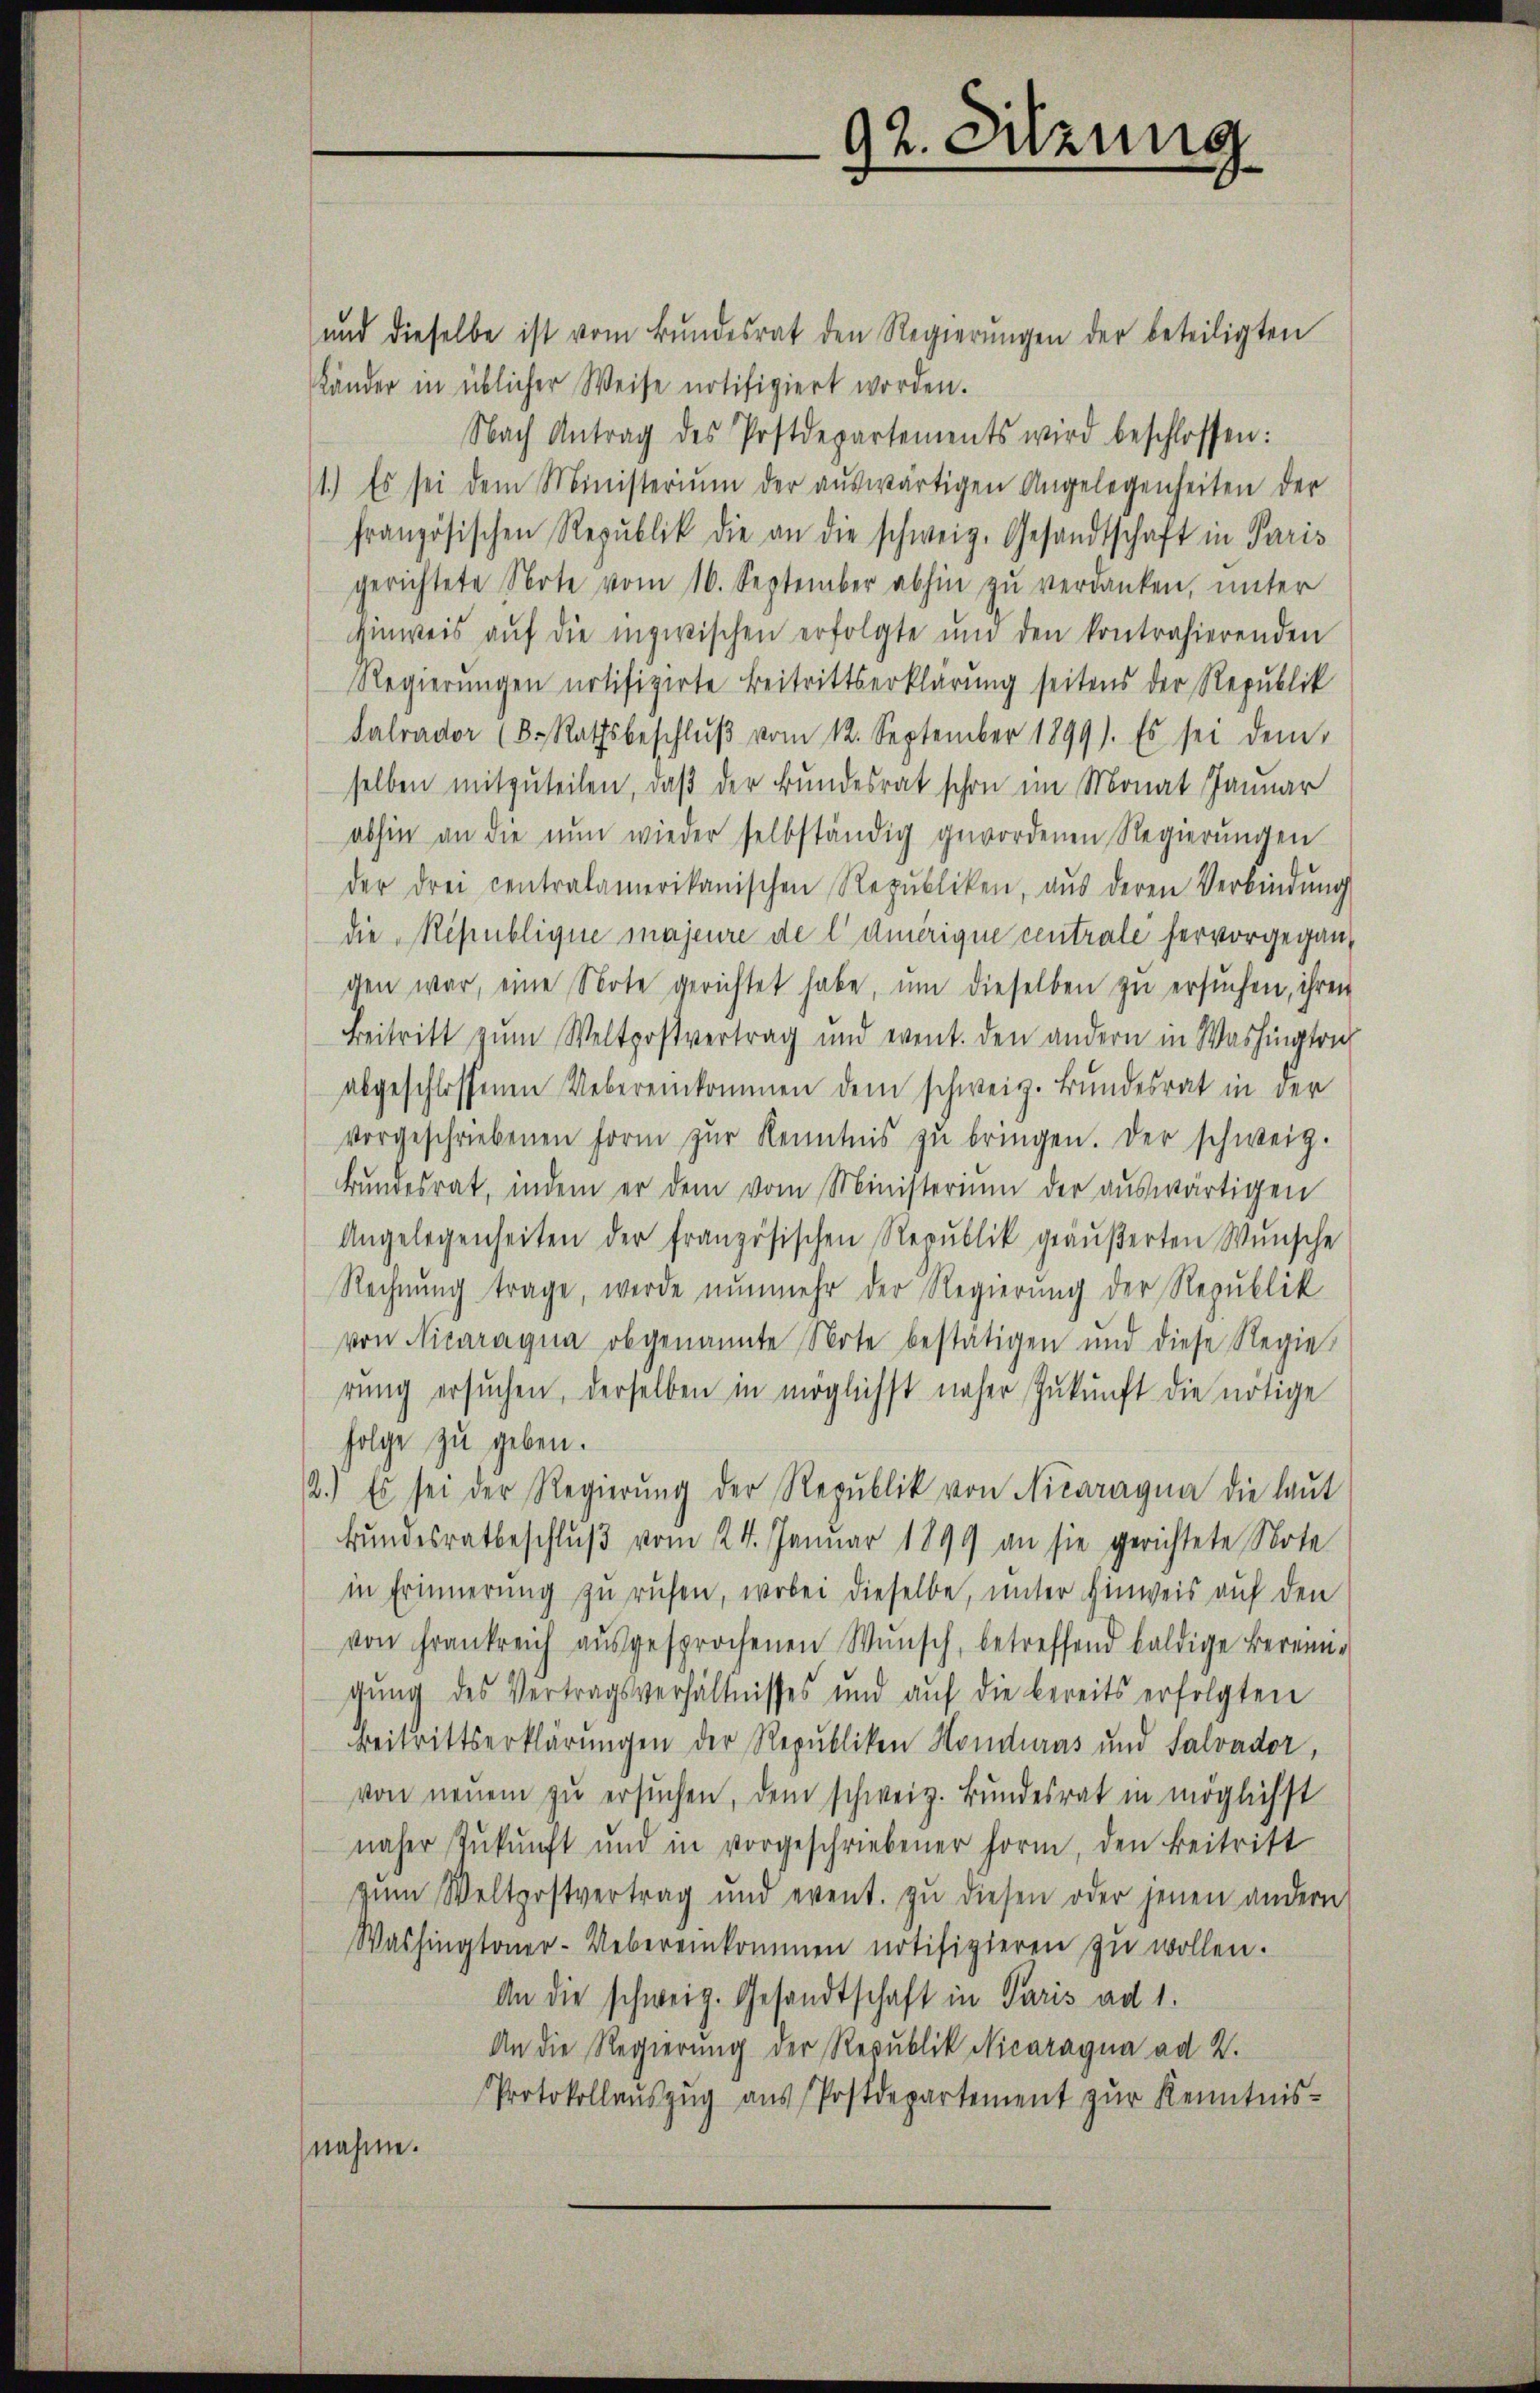
und dieselbe ist vom Bŭndesrat den Regierŭngen der beteiligten
Känder in üblicher Weise notifiziert worden.
Nach Antrag des Postdepartements wird beschlossen:
1.) Es sei dem Ministerium der aŭswärtigen Angelegenheiten der
französischen Republik die an die schweiz. Gesandtschaft in Paris
gerichtete Note vom 16. September abhin zŭ verdanken, unter
hinweis aŭf die inzwischen erfolgte und den kontrahierenden
Regierungen notifizirte Beitrittserklärung seitens der Republik
Salvador (8. Rathsbeschlŭβ vom 12. September 1899). Es sei dem
selben mitzuteilen, daß der Bundesrat schon im Monat Januar
abhin an die nun wieder selbständig gewordenen Regierŭngen
der drei centralamerikanischen Republiken, aŭs deren Verbindung
die Republique majeure de l' duerique centrale hervorgeganden war, eine Note gerichtet habe, ŭm dieselben zu ersŭchen, ihren
Beitritt zum Weltpostvertrag und event. den andern in Washingtrich
abgeschlossenen Uebereinkommen dem schweiz. Bundesrat in der
vorgeschriebenen Form zŭr Kenntnis zŭ bringen. Der schweig.
bŭndesrat, indem er dem vom Ministerium der aŭswärtigen
Angelegenheiten der französischen Republik geäŭβerten Wŭnsche
Rechnung trage, werde nunmehr der Regierung der Republik
von Nicaragua obgenannte Note bestätigen und diese Regie
rung ersuchen, derselben in möglichst näher Zukunft die nötige
folge zu geben.
2.) Es sei der Regierŭng der Republik von Nicaragna die laut
Bundesratbeschlŭβ vom 24. Januar 1899 an sie gerichtete Note
in Erinnerung zu rufen, wobei dieselbe, unter Hinweis auf den
von Frankreich aŭsgesprochenen Wŭnsch, betreffend baldige Berein-
gung des Vertragsverhältnisses und auf die bereits erfolgten
Beitrittserklärungen der Republiken Honduras und Salvador,
von neuem zŭ ersŭchen, dem schweiz. Bundesrat in möglichst
näher Zŭkŭnft und in vorgeschriebener Form, den Beitritt
zŭm Weltpostvertrag und event. zŭ diesen oder jenen andern
Washingtoner-Uebereinkommen notifizieren zŭ wollen.
An die schweiz. Gesandtschaft in Paris ad 1.
An die Regierung der Republik Nicaragua ad 2.
Protokollaŭszŭg aŭs Postdepartement zŭr Kenntnis-
nahme.

92. Sitzung